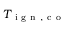
T _ { \mathrm { ~ i ~ g ~ n ~ , ~ c ~ o ~ } }